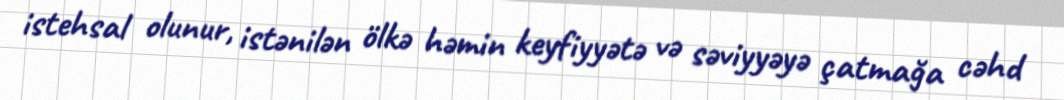
istehsal olunur, istənilən ölkə həmin keyfiyyətə və səviyyəyə çatmağa cəhd